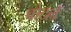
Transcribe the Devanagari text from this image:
वोर्ट्ले